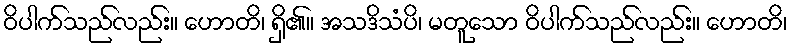
ဝိပါက်သည်လည်း။ ဟောတိ၊ ရှိ၏။ အသဒိသံပိ၊ မတူသော ဝိပါက်သည်လည်း။ ဟောတိ၊